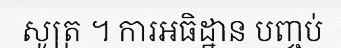
សូត្រ ។ ការអធិដ្ឋាន បញ្ចប់